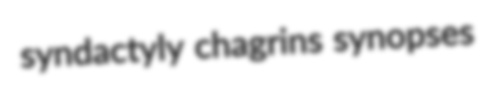
syndactyly chagrins synopses